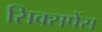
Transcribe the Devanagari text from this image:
सिक्सपेंस